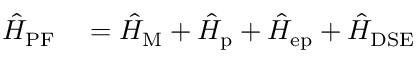
\begin{array} { r l } { \hat { H } _ { \mathrm { P F } } } & { { } = \hat { H } _ { \mathrm { M } } + \hat { H } _ { \mathrm { p } } + \hat { H } _ { \mathrm { e p } } + \hat { H } _ { \mathrm { D S E } } } \end{array}